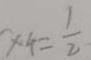
x _ { 4 } = \frac { 1 } { 2 }